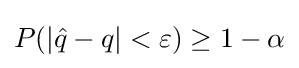
P(|{\hat {q}}-q|<\varepsilon )\geq 1-\alpha